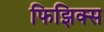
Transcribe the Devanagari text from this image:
फिझिक्स